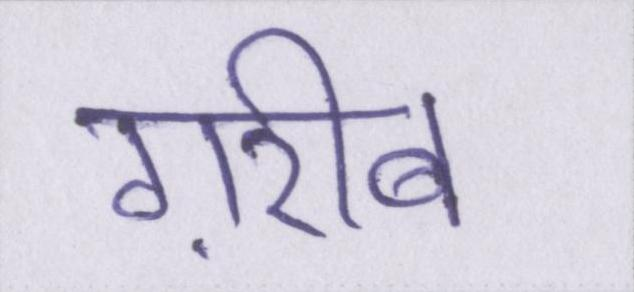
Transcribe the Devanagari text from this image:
ग़रीब